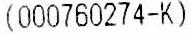
(000760274-K)